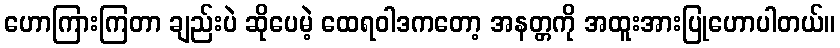
ဟောကြားကြတာ ချည်းပဲ ဆိုပေမဲ့ ထေရဝါဒကတော့ အနတ္တကို အထူးအားပြုဟောပါတယ်။